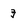
Character: 3